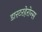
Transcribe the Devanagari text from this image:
डारटरहेरोन्स